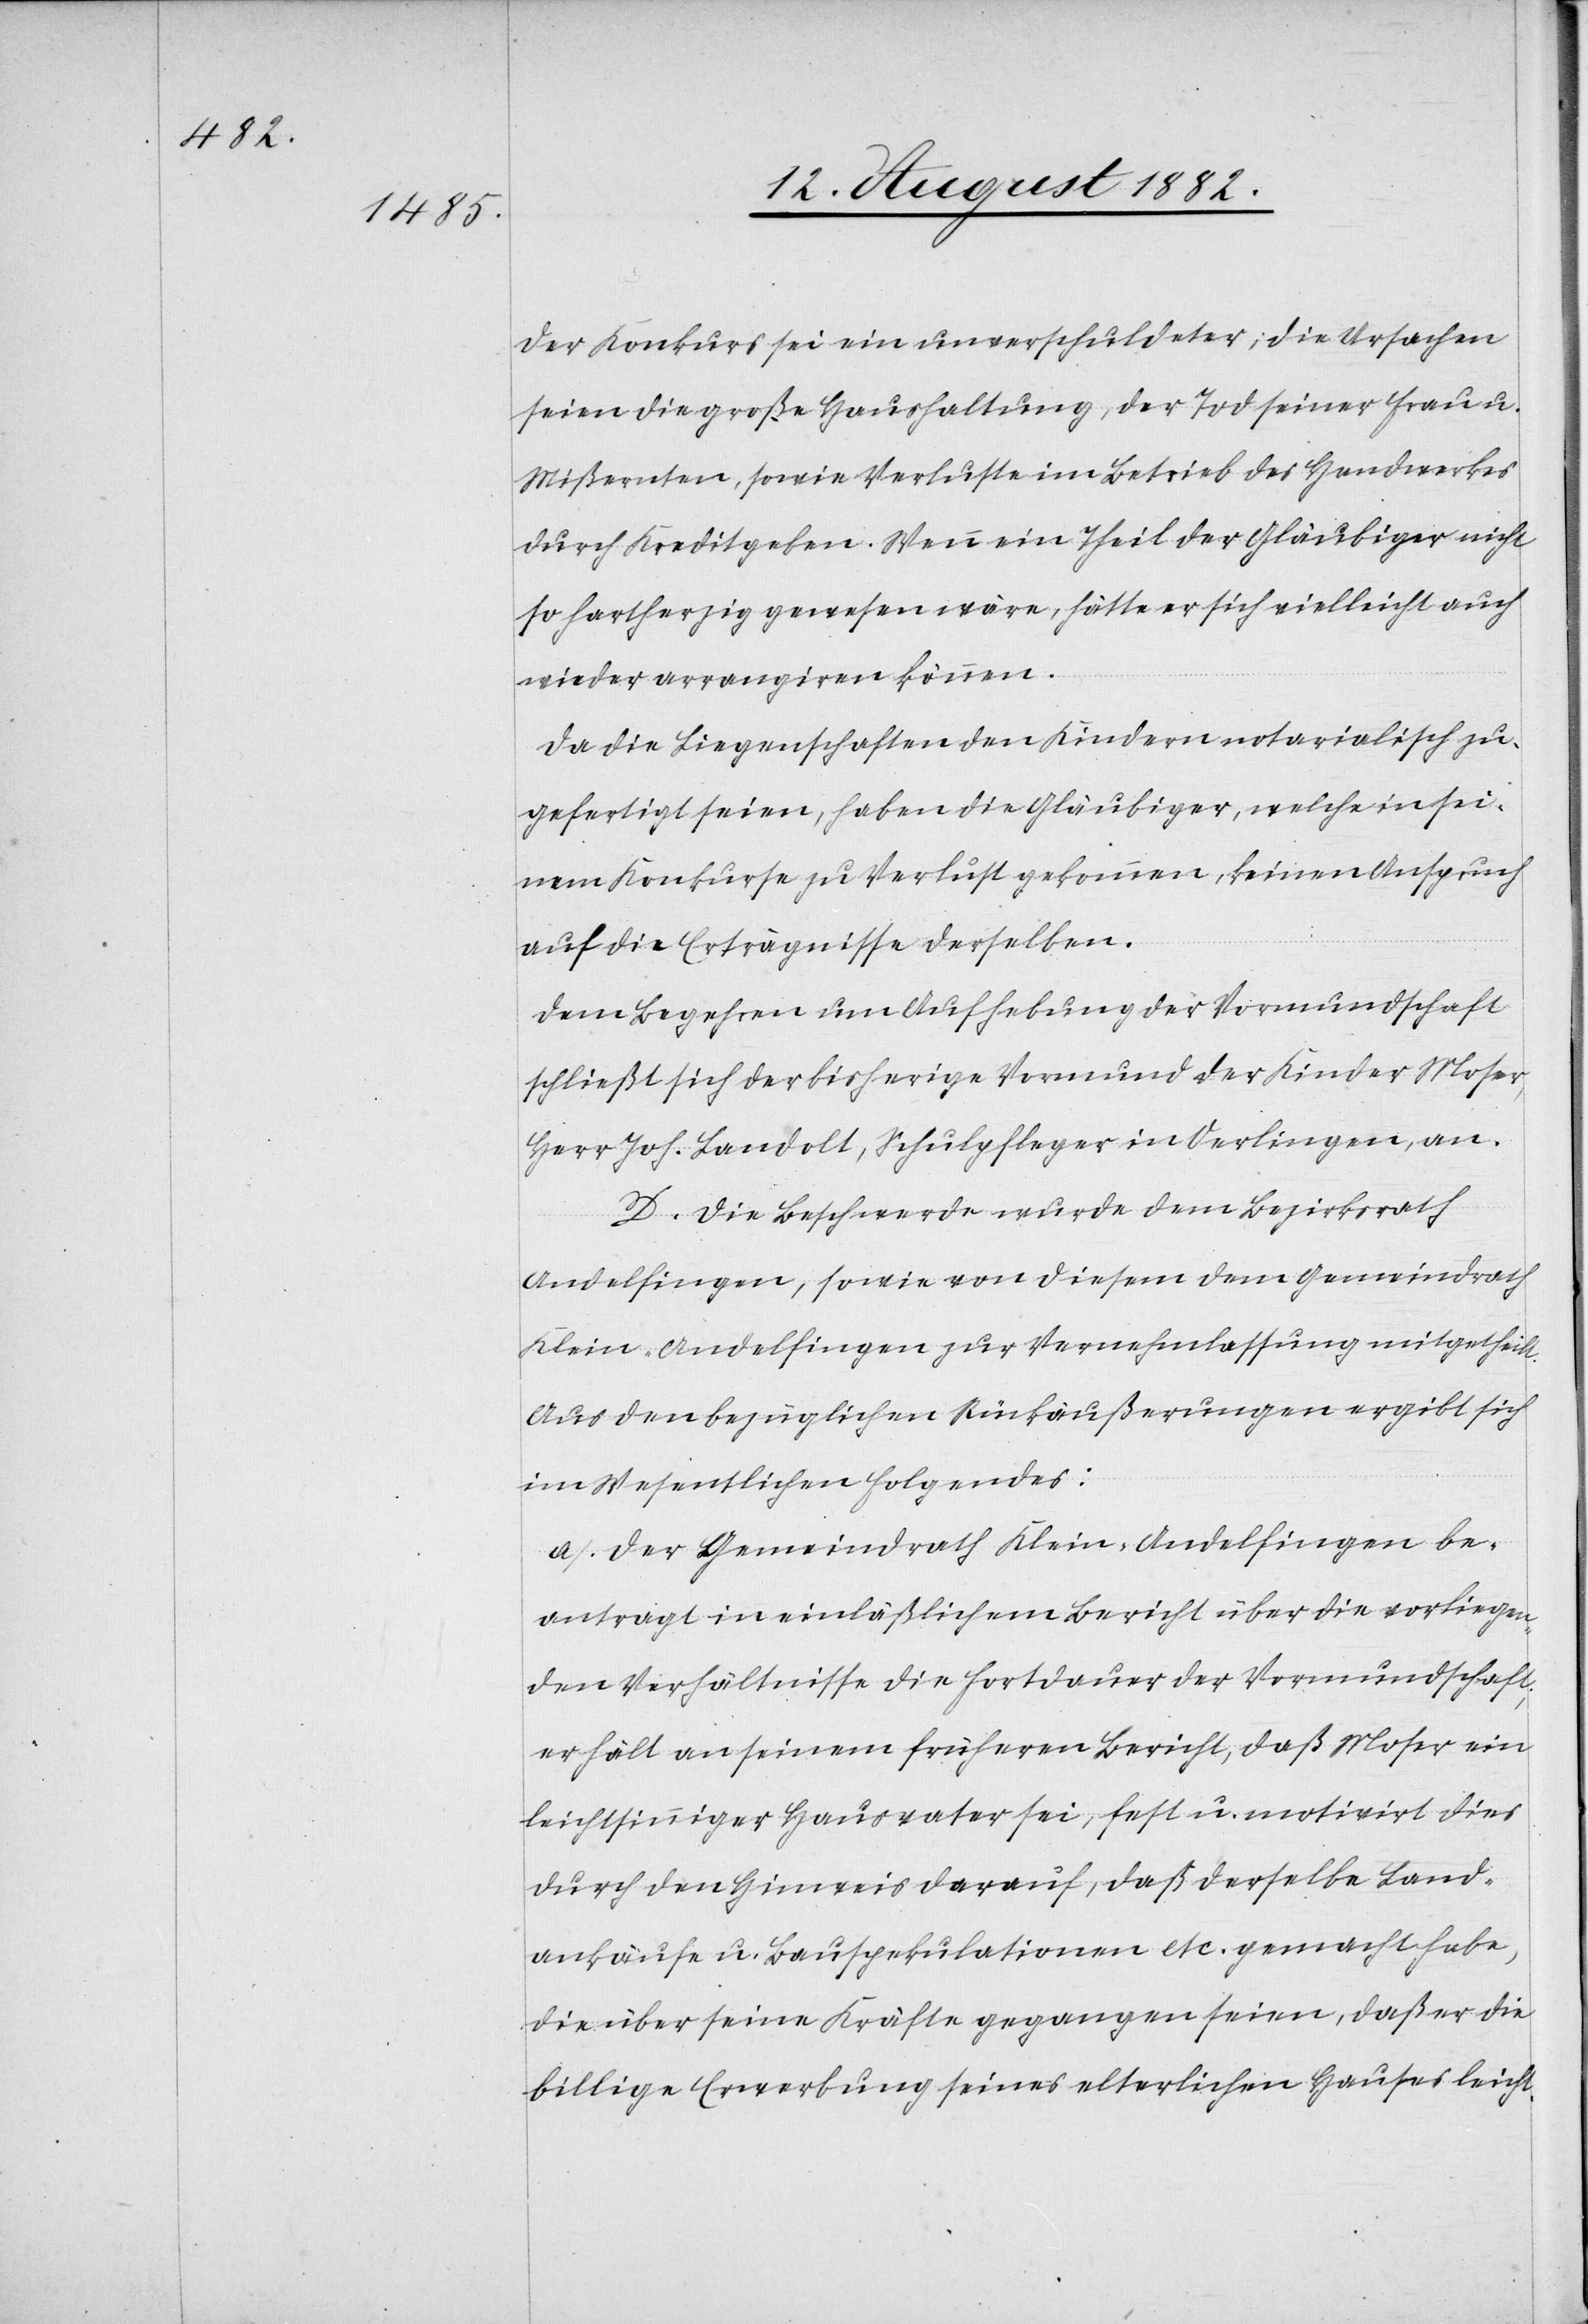
Der Konkurs sei ein unverschuldeter; die Ursachen
seien die große Haushaltung, der Tod seiner Frau u.
Mißernten, sowie Verluste im Betrieb des Handwerks
durch Kreditgeber. Wenn ein Theil der Gläubiger nicht
so hartherzig gewesen wären, hätte er sich vielleicht auch
wieder arrangiren können.
Da die Liegenschaften den Kindern notarialisch zu¬
gefertigt seien, haben die Gläubiger, welche in sei¬
nem Konkurse zu Verlust gekommen, keinen Anspruch
auf die Erträgnisse derselben.
Dem Begehren um Aufhebung der Vormundschaft
schließt sich der bisherige Vormund der Kinder Moser,
Herr Joh. Landolt, Schulpfleger in Oerlingen, an.
D. Die Beschwerde wurde dem Bezirksrath
Andelfingen, sowie von diesem dem Gemeindrath
Klein-Andelfingen zur Vernehmlassung mitgetheilt.
Aus den bezüglichen Rückäußerungen ergibt sich
im Wesentlichen Folgendes:
a. Der Gemeindrath Klein-Andelfingen be¬
antragt in einläßlichem Bericht über die vorliegen¬
den Verhältnisse die Fortdauer der Vormundschaft;
er hält an seinem früheren Bericht, daß Moser ein
leichtsinniger Hausvater sei, fest u. motivirt dies
durch den Hinweis darauf, daß derselbe Land¬
ankäufe u. Bauspekulationen etc. gemacht habe,
die über seine Kräfte gegangen seien, daß er die
billige Erwerbung seines elterlichen Hauses leicht-